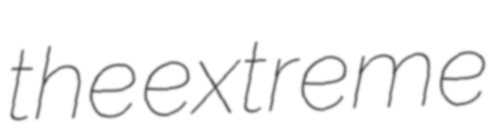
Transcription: the extreme